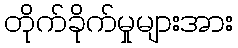
တိုက်ခိုက်မှုများအား